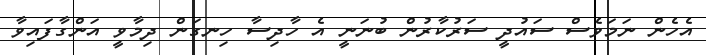
އެހެން ނަމަވެސް ސައުދީ ސަރުކާރުން ބުނަނީ އެ ހާދިސާ ހިނގަން ދިމާވީ އަންގާފައިވާ